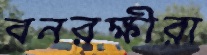
বনরক্ষীরা